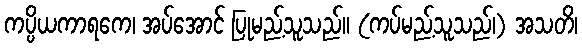
ကပ္ပိယကာရကေ၊ အပ်အောင် ပြုမည့်သူသည်။ (ကပ်မည့်သူသည်၊) အသတိ၊